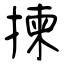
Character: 揀